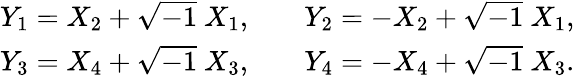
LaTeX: \begin{array}{ll}{{Y_{1}=X_{2}+\sqrt{-1}\ X_{1},\quad}}&{{Y_{2}=-X_{2}+\sqrt{-1}\ X_{1},}}\\ {{Y_{3}=X_{4}+\sqrt{-1}\ X_{3},\quad}}&{{Y_{4}=-X_{4}+\sqrt{-1}\ X_{3}.}}\end{array}